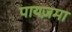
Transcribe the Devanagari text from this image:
पायज़मा